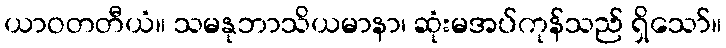
ယာဝတတီယံ။ သမနုဘာသိယမာနာ၊ ဆုံးမအပ်ကုန်သည် ရှိသော်။